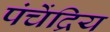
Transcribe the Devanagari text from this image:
पंचेंद्रिय